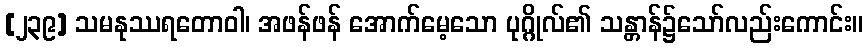
[၂၃၉] သမနုဿရတောဝါ၊ အဖန်ဖန် အောက်မေ့သော ပုဂ္ဂိုလ်၏ သန္တာန်၌သော်လည်းကောင်း။